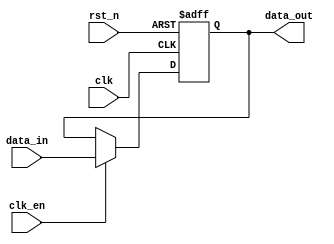
module parameterized_register #(
    parameter WIDTH = 8,           // Parameterized width of the register
    parameter RESET_VALUE = 0      // Parameterized reset value
)(
    input wire clk,                // Clock input
    input wire rst_n,              // Asynchronous reset (active low)
    input wire clk_en,             // Clock enable (optional)
    input wire [WIDTH-1:0] data_in, // Input data
    output reg [WIDTH-1:0] data_out // Output data
);

    // Always block for synchronous operation with asynchronous reset
    always @(posedge clk or negedge rst_n) begin
        if (!rst_n) begin
            data_out <= RESET_VALUE; // Asynchronous reset
        end else if (clk_en) begin
            data_out <= data_in;      // Capture input data on clock edge
        end
    end

endmodule